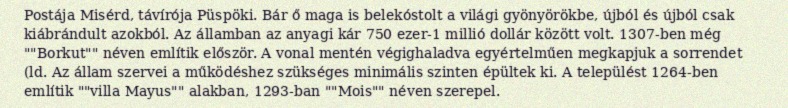
Postája Misérd, távírója Püspöki. Bár ő maga is belekóstolt a világi gyönyörökbe, újból és újból csak kiábrándult azokból. Az államban az anyagi kár 750 ezer-1 millió dollár között volt. 1307-ben még ""Borkut"" néven említik először. A vonal mentén végighaladva egyértelműen megkapjuk a sorrendet (ld. Az állam szervei a működéshez szükséges minimális szinten épültek ki. A települést 1264-ben említik ""villa Mayus"" alakban, 1293-ban ""Mois"" néven szerepel.